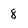
Character: 8